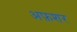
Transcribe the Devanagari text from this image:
अफ़शर